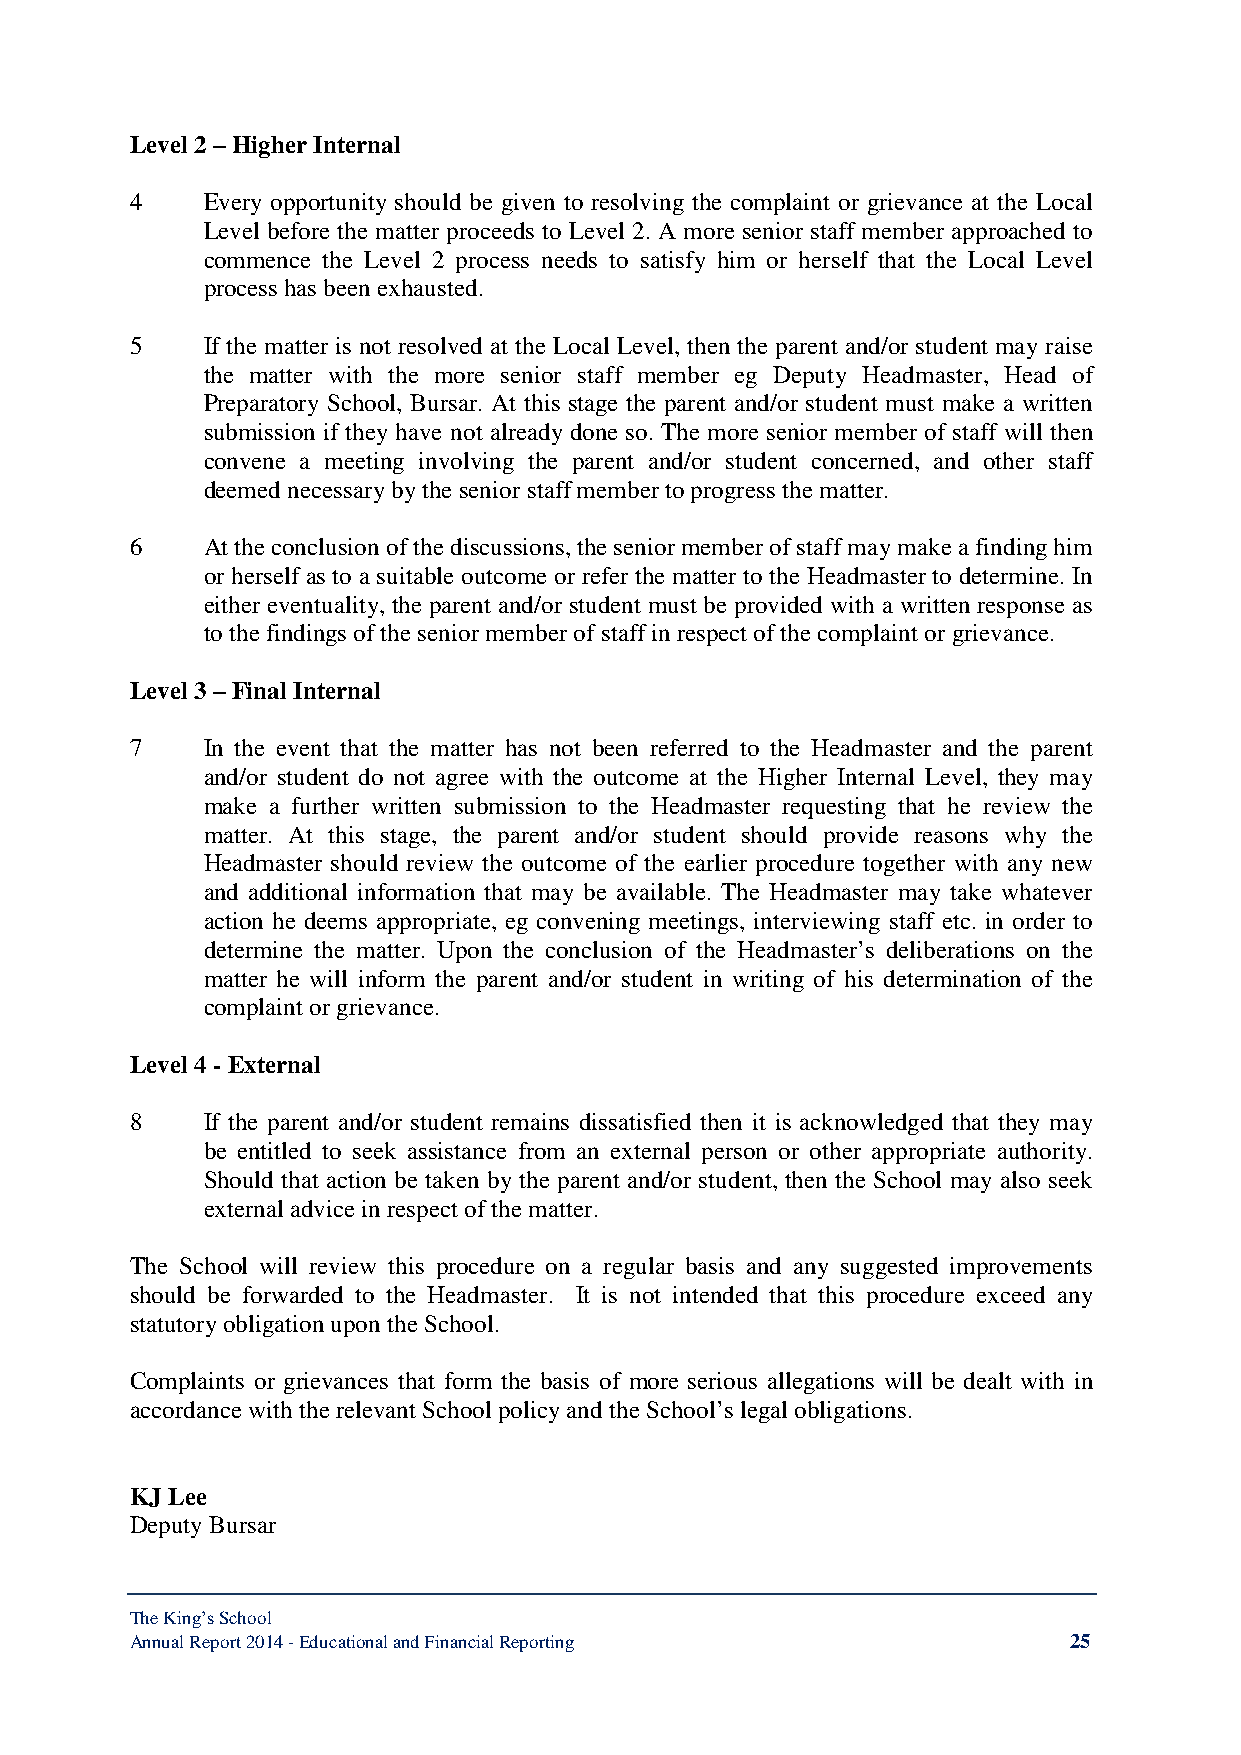
Level 2 – Higher Internal
 4   Every opportunity should be given to resolving the complaint or grievance at the Local
 Level before the matter proceeds to Level 2. A more senior staff member approached to
 commence the Level 2 process needs to satisfy him or herself that the Local Level
 process has been exhausted.
 5   If the matter is not resolved at the Local Level, then the parent and/or student may raise
 the matter with the more senior staff member eg Deputy Headmaster, Head of
 Preparatory School, Bursar. At this stage the parent and/or student must make a written
 submission if they have not already done so. The more senior member of staff will then
 convene a meeting involving the parent and/or student concerned, and other staff
 deemed necessary by the senior staff member to progress the matter.
 6   At the conclusion of the discussions, the senior member of staff may make a finding him
 or herself as to a suitable outcome or refer the matter to the Headmaster to determine. In
 either eventuality, the parent and/or student must be provided with a written response as
 to the findings of the senior member of staff in respect of the complaint or grievance.
 Level 3 – Final Internal
 7   In the event that the matter has not been referred to the Headmaster and the parent
 and/or student do not agree with the outcome at the Higher Internal Level, they may
 make a further written submission to the Headmaster requesting that he review the
 matter. At this stage, the parent and/or student should provide reasons why the
 Headmaster should review the outcome of the earlier procedure together with any new
 and additional information that may be available. The Headmaster may take whatever
 action he deems appropriate, eg convening meetings, interviewing staff etc. in order to
 determine the matter. Upon the conclusion of the Headmaster’s deliberations on the
 matter he will inform the parent and/or student in writing of his determination of the
 complaint or grievance.
 Level 4 - External
 8   If the parent and/or student remains dissatisfied then it is acknowledged that they may
 be entitled to seek assistance from an external person or other appropriate authority.
 Should that action be taken by the parent and/or student, then the School may also seek
 external advice in respect of the matter.
 The School will review this procedure on a regular basis and any suggested improvements
 should be forwarded to the Headmaster. It is not intended that this procedure exceed any
 statutory obligation upon the School.
 Complaints or grievances that form the basis of more serious allegations will be dealt with in
 accordance with the relevant School policy and the School’s legal obligations.
 KJ Lee
 Deputy Bursar
 The King’s School
 Annual Report 2014 - Educational and Financial Reporting      25